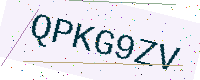
Text: QPKG9ZV